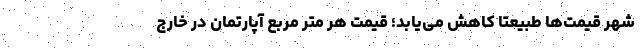
شهر قیمت‌ها طبیعتا کاهش می‌یابد؛ قیمت هر متر مربع آپارتمان در خارج